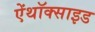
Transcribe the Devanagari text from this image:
ऐंथॉक्साइड